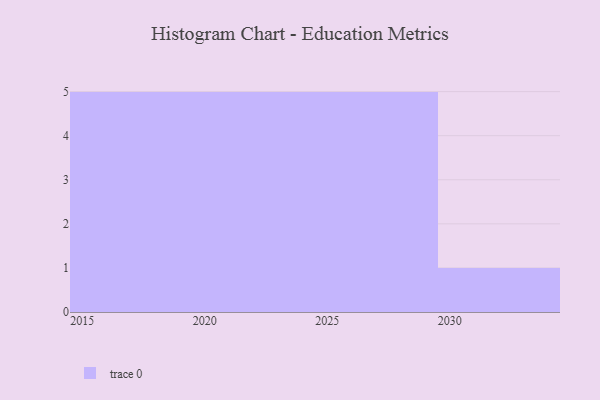
{"axis": {"x": "Year", "y": "LTV (USD)"}, "legend": [""], "data": [{"x": "2024", "y": 16, "type": ""}, {"x": "2015", "y": 79, "type": ""}, {"x": "2027", "y": 53, "type": ""}, {"x": "2017", "y": 76, "type": ""}, {"x": "2025", "y": 61, "type": ""}, {"x": "2021", "y": 21, "type": ""}, {"x": "2022", "y": 90, "type": ""}, {"x": "2016", "y": 49, "type": ""}, {"x": "2028", "y": 53, "type": ""}, {"x": "2018", "y": 59, "type": ""}, {"x": "2020", "y": 53, "type": ""}, {"x": "2029", "y": 48, "type": ""}, {"x": "2019", "y": 86, "type": ""}, {"x": "2026", "y": 24, "type": ""}, {"x": "2023", "y": 75, "type": ""}, {"x": "2030", "y": 47, "type": ""}]}